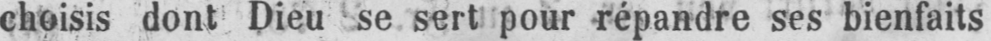
choisis dont Dieu se sert pour répandre ses bienfaits